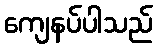
ကျေနပ်ပါသည်